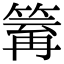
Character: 𥯿